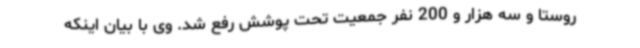
روستا و سه هزار و 200 نفر جمعیت تحت پوشش رفع شد. وی با بیان اینکه